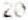
20